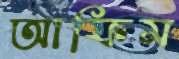
আফিম